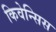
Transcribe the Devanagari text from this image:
किवेन्सिस